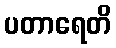
ပတာရေတိ